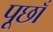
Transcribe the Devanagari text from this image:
पूछाँ